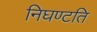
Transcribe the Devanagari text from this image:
निघण्टति